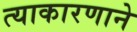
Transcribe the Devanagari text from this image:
त्याकारणाने